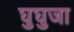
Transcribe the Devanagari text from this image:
घुघुजा